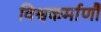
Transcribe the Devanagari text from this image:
विश्वकर्माणौ